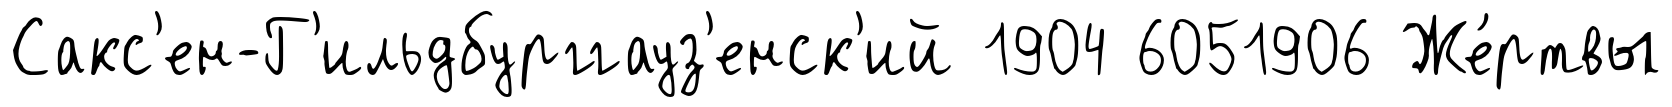
Сакс'ен-Г'ильдбурггауз'енск'ий 1904 6051906 Же́ртвы